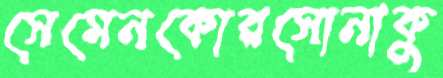
সেমেনকোরসোনাকু